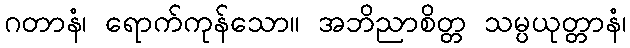
ဂတာနံ၊ ရောက်ကုန်သော။ အဘိညာစိတ္တ သမ္ပယုတ္တာနံ၊